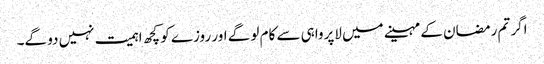
اگر تم رمضان کے مہینے میں لاپرواہی سے کام لو گے اور روزے کو کچھ اہمیت نہیں دو گے۔